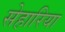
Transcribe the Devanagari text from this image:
सेहारिया